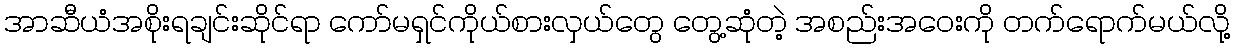
အာဆီယံအစိုးရချင်းဆိုင်ရာ ကော်မရှင်ကိုယ်စားလှယ်တွေ တွေ့ဆုံတဲ့ အစည်းအဝေးကို တက်ရောက်မယ်လို့